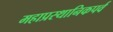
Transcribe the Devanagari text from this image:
महाप्रस्थानिकपर्व